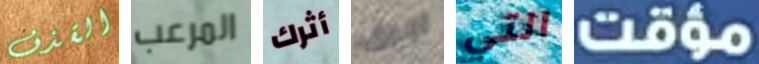
القذف المرعب أثرك اجرى التي مؤقت